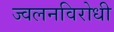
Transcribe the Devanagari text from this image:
ज्वलनविरोधी